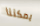
يمكننا